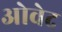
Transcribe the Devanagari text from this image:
ओवेद